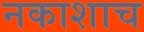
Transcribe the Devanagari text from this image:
नकाशाच